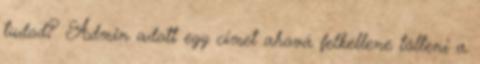
tudod? Admin adott egy címet ahová felkellene tölteni a